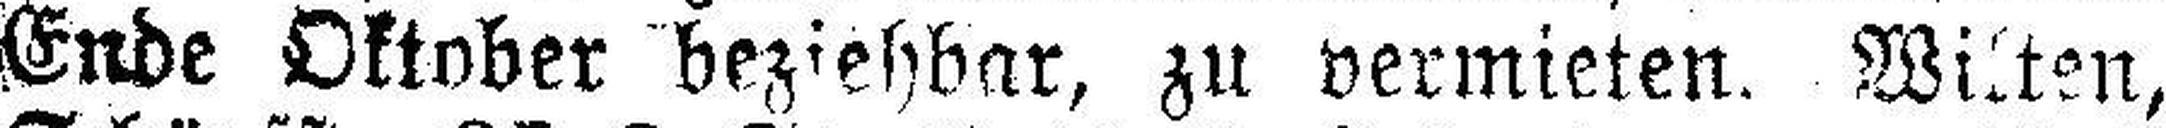
Ende Oktober beziehbar, zu vermieten. Witten,